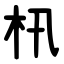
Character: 㭄